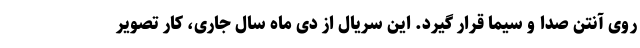
روی آنتن صدا و سیما قرار گیرد. این سریال از دی ماه سال جاری، کار تصویر